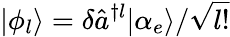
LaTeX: |\phi_{l}\rangle=\delta\hat{a}^{\dagger l}|\alpha_{e}\rangle/\sqrt{l!}